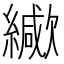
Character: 𦆃